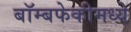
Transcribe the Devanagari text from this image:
बॉम्बफेकीमध्ये